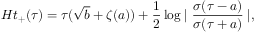
H t _ { + } ( \tau ) = \tau ( \sqrt { b } + \zeta ( a ) ) + \frac { 1 } { 2 } \log \mid \frac { \sigma ( \tau - a ) } { \sigma ( \tau + a ) } \mid ,